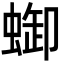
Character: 𧌋